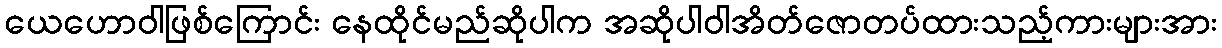
ယေဟောဝါဖြစ်ကြောင်း နေထိုင်မည်ဆိုပါက အဆိုပါဝါအိတ်ဇောတပ်ထားသည့်ကားများအား